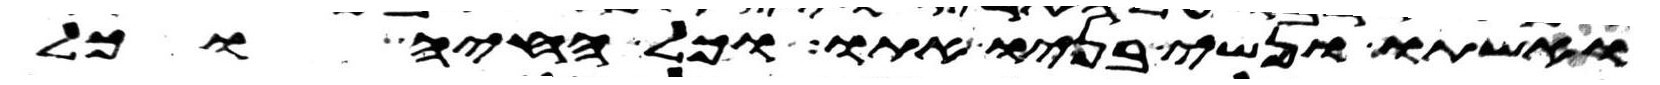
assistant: ואשתו ונשי בניו אתו וכל החיה וכל